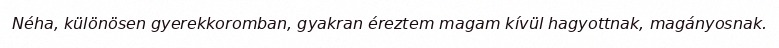
Néha, különösen gyerekkoromban, gyakran éreztem magam kívül hagyottnak, magányosnak.